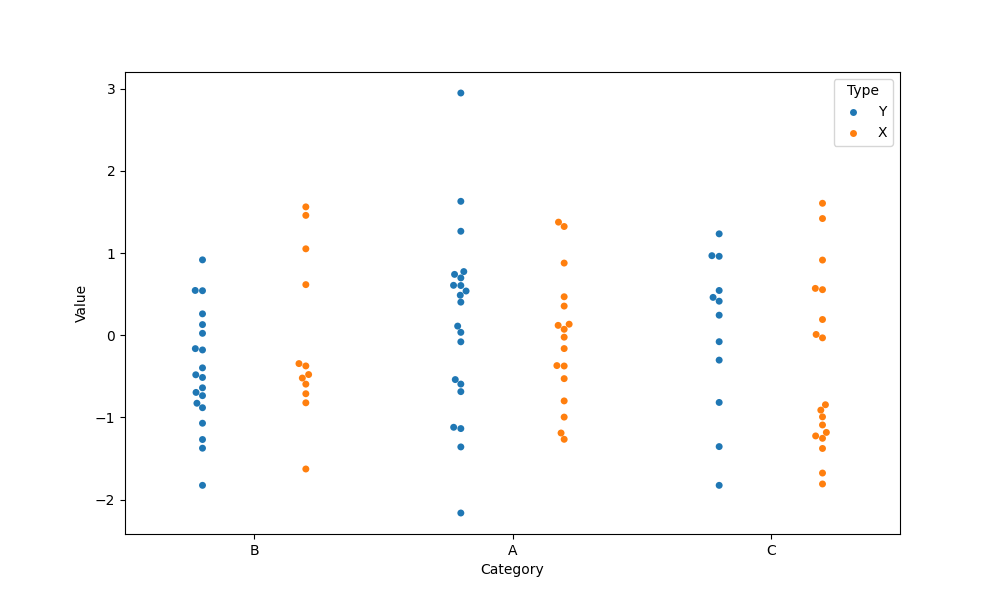
python, seaborn, swarmplot, dodge=True, alpha=1.0, size=5